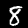
Label: 8